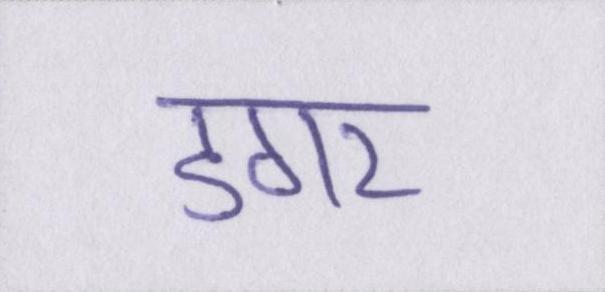
डगर